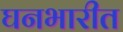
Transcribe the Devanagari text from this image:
घनभारीत